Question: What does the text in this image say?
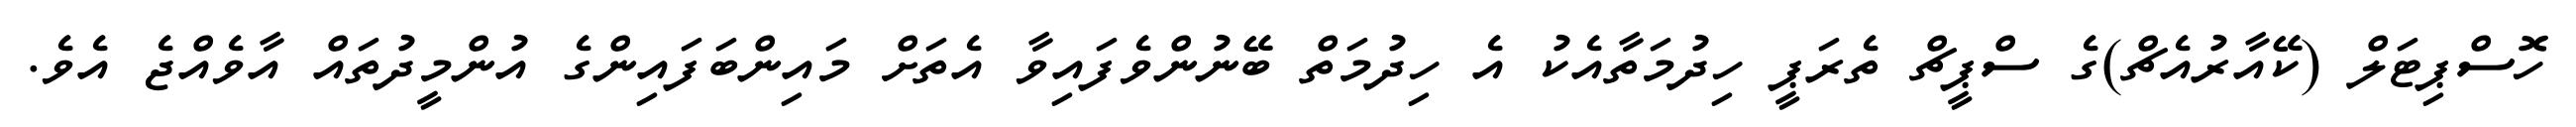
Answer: ހޮސްޕިޓަލް (ކޭއާރުއެޗް)ގެ ސްޕީޗް ތެރަޕީ ހިދުމަތާއެކު އެ ހިދުމަތް ބޭނުންވެފައިވާ އެތަށް މައިންބަފައިންގެ އުންމީދުތައް އާވެއްޖެ އެވެ.